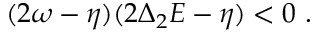
( 2 \omega - \eta ) ( 2 \Delta _ { 2 } E - \eta ) < 0 \ .